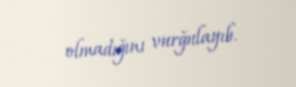
olmadığını vurğulayıb.